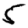
Digit: 5